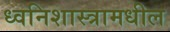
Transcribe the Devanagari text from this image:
ध्वनिशास्त्रामधील